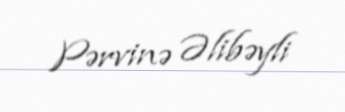
Pərvinə Əlibəyli